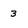
Character: 3